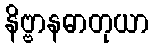
နိဗ္ဗာနဓာတုယာ